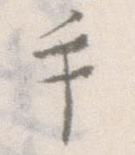
手